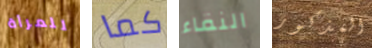
للمرأة كما النقاء المذكور